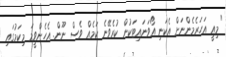
"މިއީ އަހަރެމެންނަށް އެކަނި އޯވަނައިޓަކުން ކުރެވޭނެ ކަމެއް ވެސް ނޫން. އެހެންވީމަ މިކަމުގައި